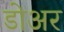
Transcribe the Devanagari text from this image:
डोअर